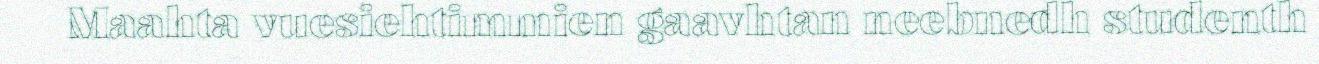
Maahta vuesiehtimmien gaavhtan neebnedh studenth